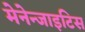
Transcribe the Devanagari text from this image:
मेनेन्जाइटिस